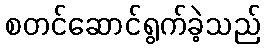
စတင်ဆောင်ရွက်ခဲ့သည်